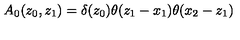
A _ { 0 } ( z _ { 0 } , z _ { 1 } ) = \delta ( z _ { 0 } ) \theta ( z _ { 1 } - x _ { 1 } ) \theta ( x _ { 2 } - z _ { 1 } )